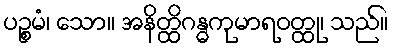
ပဉ္စမံ၊ သော။ အနိတ္ထိဂန္ဓကုမာရဝတ္ထု၊ သည်။